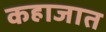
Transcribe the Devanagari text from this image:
कहाजात